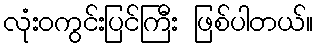
လုံးဝကွင်းပြင်ကြီး ဖြစ်ပါတယ်။